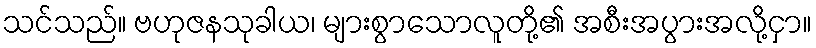
သင်သည်။ ဗဟုဇနသုခါယ၊ များစွာသောလူတို့၏ အစီးအပွားအလို့ငှာ။